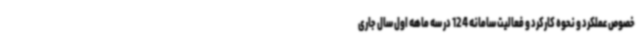
خصوص عملکرد و نحوه کارکرد و فعالیت سامانه 124 در سه ماهه اول سال جاری